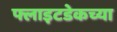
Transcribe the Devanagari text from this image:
फ्लाइटडेकच्या